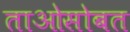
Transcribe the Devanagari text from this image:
ताओसोबत